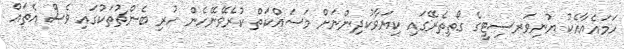
ހަމައެއާއެކު ޔުނިވަރސިޓީގެ ގޯތިތެރޭގައި ކިޔަވާކުދިންނަށް މަސައްކަތް ކުރެވޭނޭހެން ހުރި ބެންޗުތަކުގައި ވެސް އެތައް